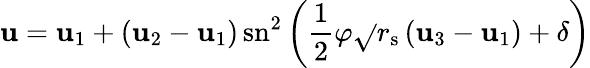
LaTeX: \mathbf{u}=\mathbf{u}_{1}+\left(\mathbf{u}_{2}-\mathbf{u}_{1}\right)\, \mathrm{{sn}}^{2}\left({\frac{{1}}{{2}}}\varphi{\sqrt{}{{r_{\mathrm{{{s}}}}\left(\mathbf{u}_{3}-\mathbf{u}_{1}\right)}}}+\delta\right)